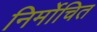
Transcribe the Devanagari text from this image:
निर्मोचित